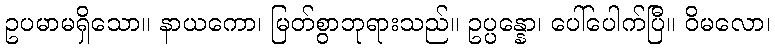
ဥပမာမရှိသော။ နာယကော၊ မြတ်စွာဘုရားသည်။ ဥပ္ပန္နော၊ ပေါ်ပေါက်ပြီ။ ဝိမလော၊